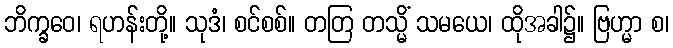
ဘိက္ခဝေ၊ ရဟန်းတို့။ သုဒံ၊ စင်စစ်။ တတြ တသ္မိံ သမယေ၊ ထိုအခါ၌။ ဗြဟ္မာ စ၊